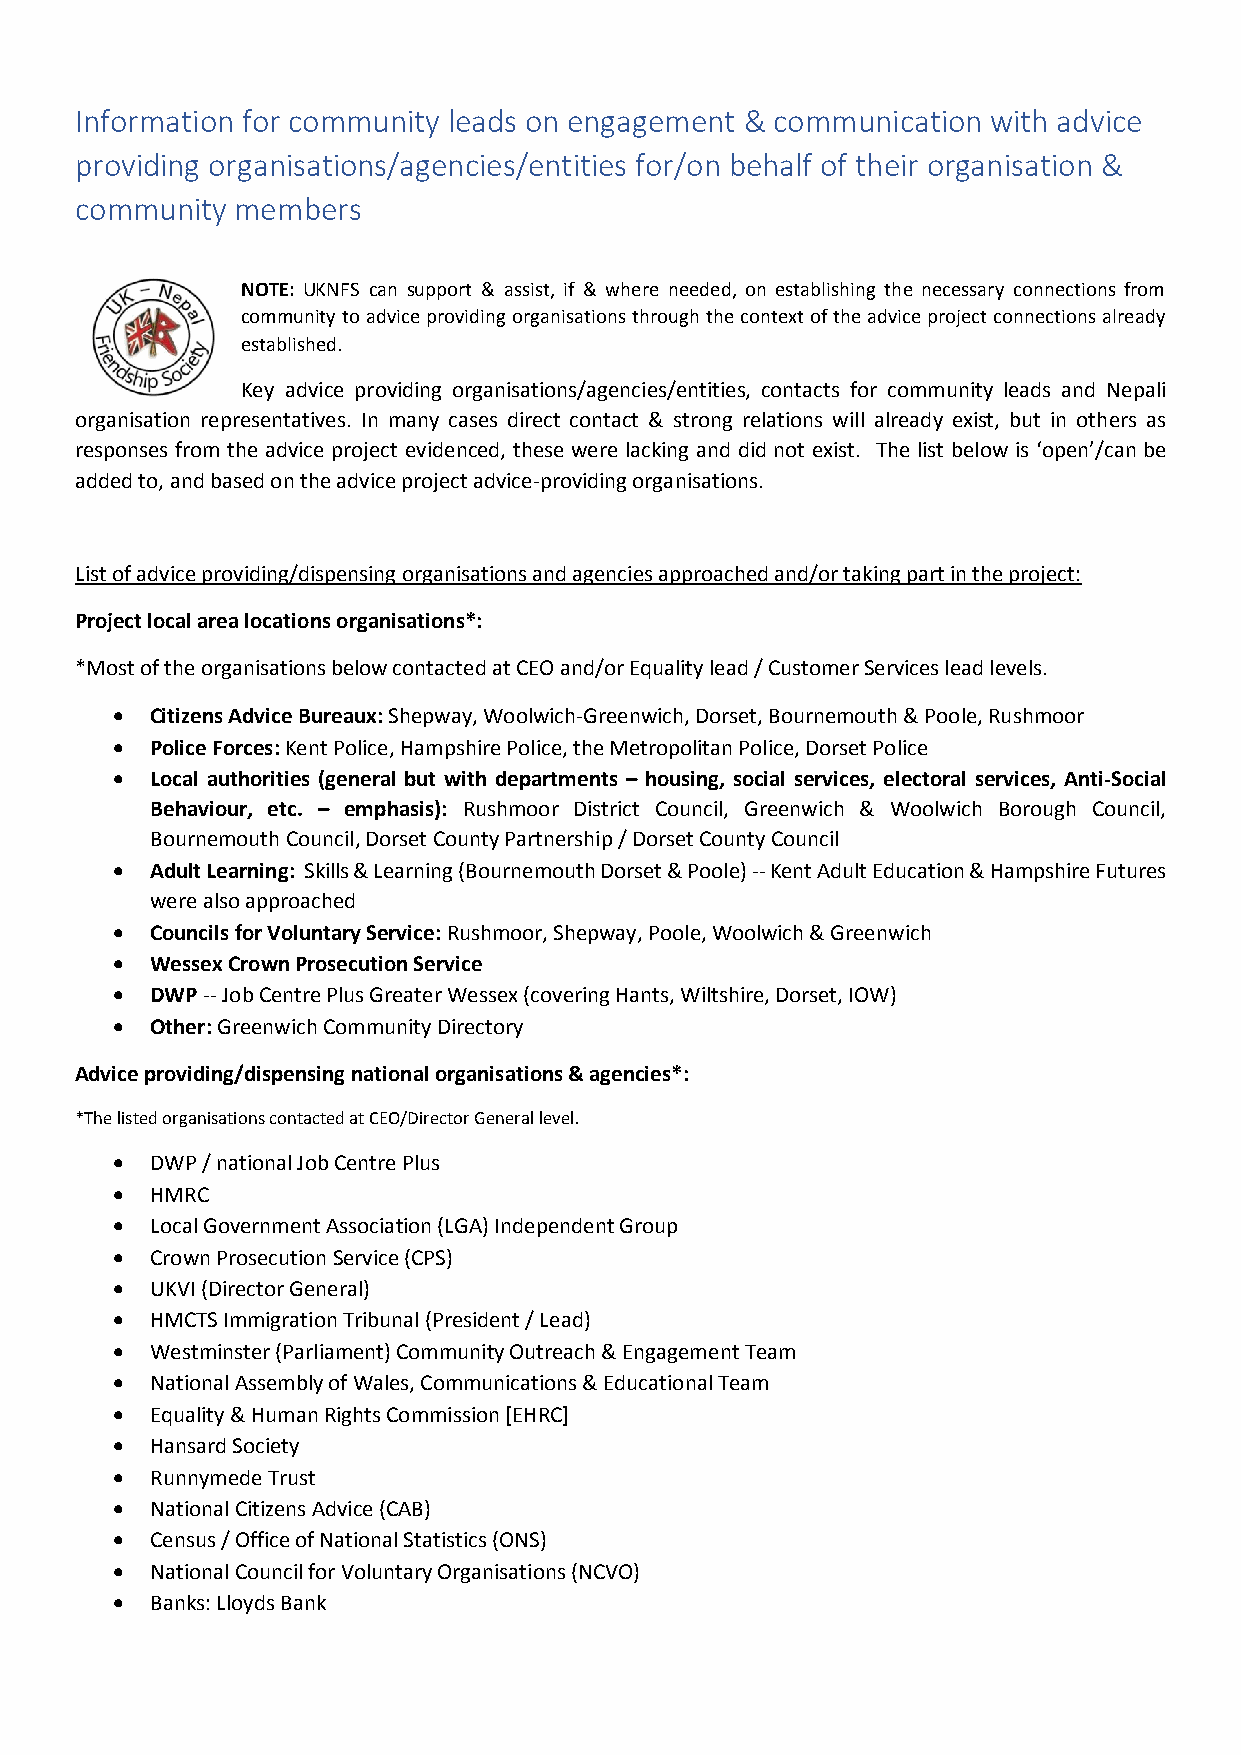
Information for community leads on engagement & communication with advice
 providing organisations/agencies/entities for/on behalf of their organisation &
 community  members
 NOTE: UKNFS can support & assist, if & where needed, on establishing the necessary connections from
 community to advice providing organisations through the context of the advice project connections already
 established.
 Key advice providing organisations/agencies/entities, contacts for community leads and Nepali
 organisation representatives. In many cases direct contact & strong relations will already exist, but in others as
 responses from the advice project evidenced, these were lacking and did not exist. The list below is ‘open’/can be
 added to, and based on the advice project advice-providing organisations.
 List of advice providing/dispensing organisations and agencies approached and/or taking part in the project:
 Project local area locations organisations*:
 *Most of the organisations below contacted at CEO and/or Equality lead / Customer Services lead levels.
 •  Citizens Advice Bureaux: Shepway, Woolwich-Greenwich, Dorset, Bournemouth & Poole, Rushmoor
 •  Police Forces: Kent Police, Hampshire Police, the Metropolitan Police, Dorset Police
 •  Local authorities (general but with departments – housing, social services, electoral services, Anti-Social
 Behaviour, etc. – emphasis): Rushmoor District Council, Greenwich & Woolwich Borough Council,
 Bournemouth Council, Dorset County Partnership / Dorset County Council
 •  Adult Learning: Skills & Learning (Bournemouth Dorset & Poole) -- Kent Adult Education & Hampshire Futures
 were also approached
 •  Councils for Voluntary Service: Rushmoor, Shepway, Poole, Woolwich & Greenwich
 •  Wessex Crown Prosecution Service
 •  DWP -- Job Centre Plus Greater Wessex (covering Hants, Wiltshire, Dorset, IOW)
 •  Other: Greenwich Community Directory
 Advice providing/dispensing national organisations & agencies*:
 *The listed organisations contacted at CEO/Director General level.
 •  DWP / national Job Centre Plus
 •  HMRC
 •  Local Government Association (LGA) Independent Group
 •  Crown Prosecution Service (CPS)
 •  UKVI (Director General)
 •  HMCTS Immigration Tribunal (President / Lead)
 •  Westminster (Parliament) Community Outreach & Engagement Team
 •  National Assembly of Wales, Communications & Educational Team
 •  Equality & Human Rights Commission [EHRC]
 •  Hansard Society
 •  Runnymede Trust
 •  National Citizens Advice (CAB)
 •  Census / Office of National Statistics (ONS)
 •  National Council for Voluntary Organisations (NCVO)
 •  Banks: Lloyds Bank